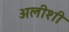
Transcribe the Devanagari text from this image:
अलीशी